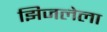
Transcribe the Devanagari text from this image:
झिजलेला